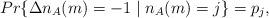
LaTeX: \begin{align*}Pr\{\Delta n_A(m)=-1\; |\; n_A(m)=j\}=p_j,\end{align*}